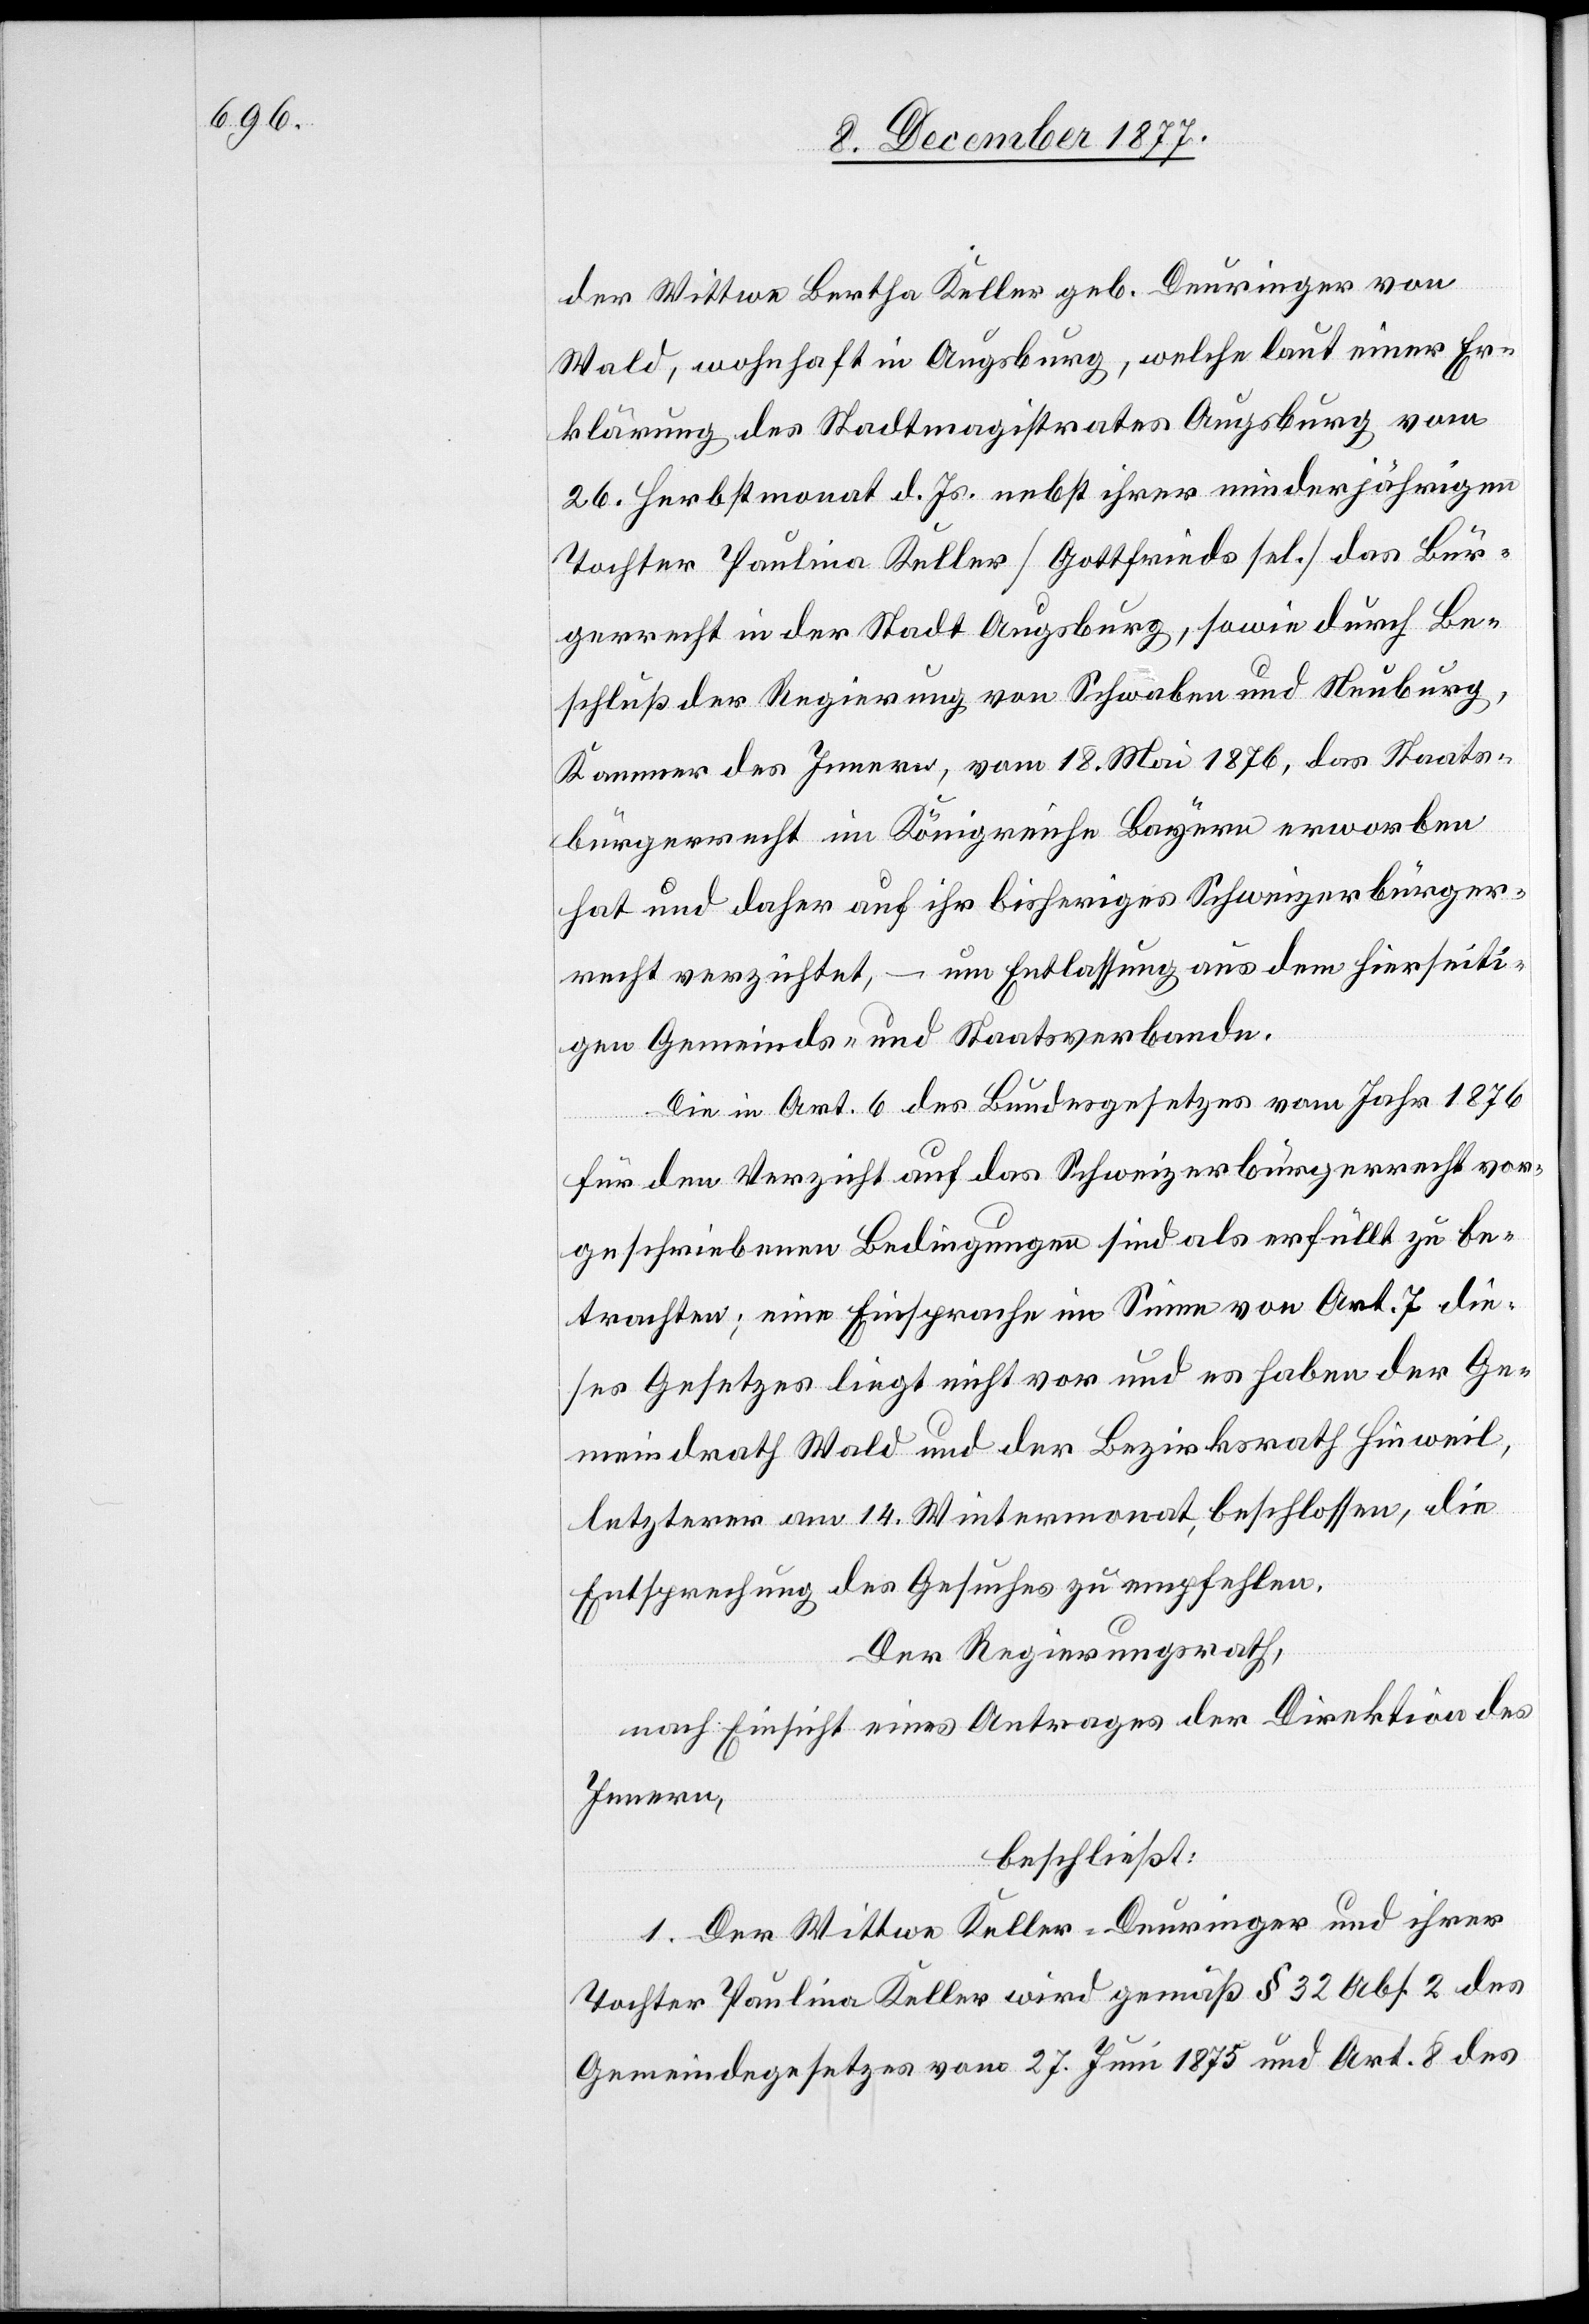
der Wittwe Bertha Keller geb. Deuringer von
Wald, wohnhaft in Augsburg, welche laut einer Er¬
klärung des Stadtmagistrates Augsburg vom
26. Herbstmonat d. Js. nebst ihrer minderjährigen
Tochter Paulina Keller [Gottfrieds sel.] das Bür¬
gerrecht in der Stadt Augsburg, sowie durch Be¬
schluß der Regierung von Schwaben und Neuburg,
Kammer des Innern, vom 18. Mai 1876, das Staats¬
bürgerrecht im Königreiche Bayern erworben
hat und daher auf ihr bisheriges Schweizerbürger¬
recht verzichtet, – um Entlassung aus dem hierseiti¬
gen Gemeinds- und Staatsverbande.
Die in Art. 6 des Bundesgesetzes vom Jahr 1876
für den Verzicht auf das Schweizerbürgerrecht vor¬
geschriebenen Bedingungen sind als erfüllt zu be¬
trachten; eine Einsprache im Sinne von Art. 7 die¬
ses Gesetzes liegt nicht vor und es haben der Ge¬
meindrath Wald und der Bezirksrath Hinweil,
letzterer am 14. Wintermonat, beschlossen, die
Entsprechung des Gesuches zu empfehlen.
Der Regierungsrath,
nach Einsicht eines Antrages der Direktion des
Innern,
beschließt:
1. Der Wittwe Keller-Deuringer und ihrer
Tochter Paulina Keller wird gemäß § 32 Abs. 2 des
Gemeindegesetzes vom 27. Juni 1875 und Art. 8 des